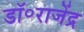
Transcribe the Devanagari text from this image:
डॉ॰राजेंद्र